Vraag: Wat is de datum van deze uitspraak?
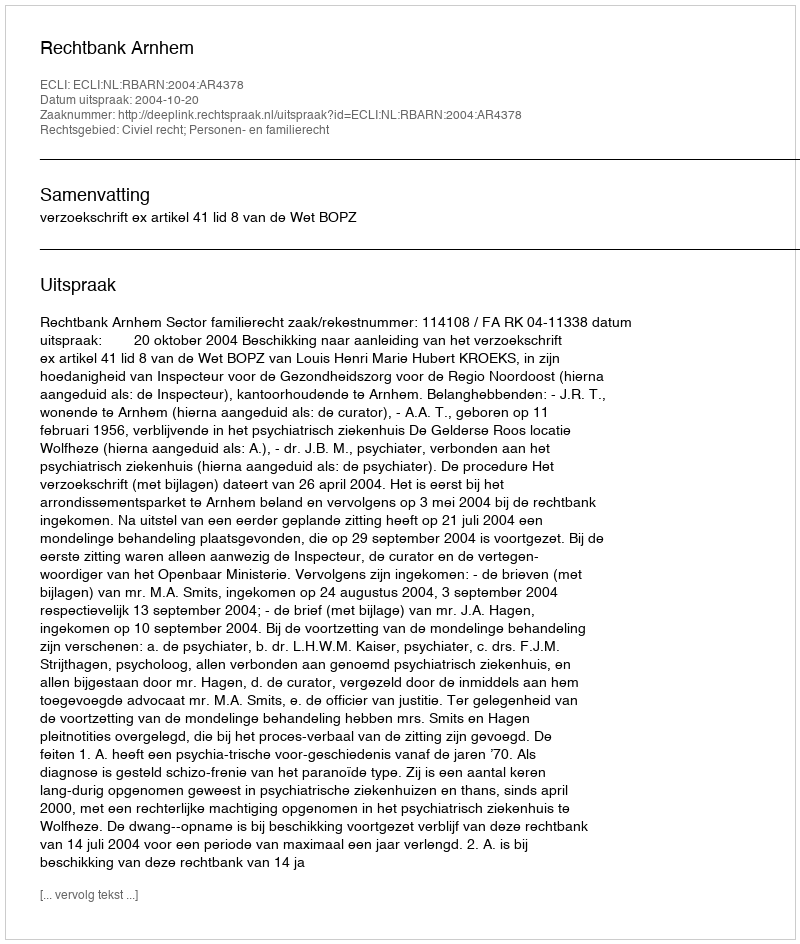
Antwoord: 2004-10-20